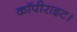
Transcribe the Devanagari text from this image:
कॉपीराइट।